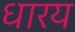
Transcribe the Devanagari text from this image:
धारय